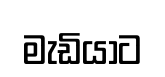
මැඩියාට